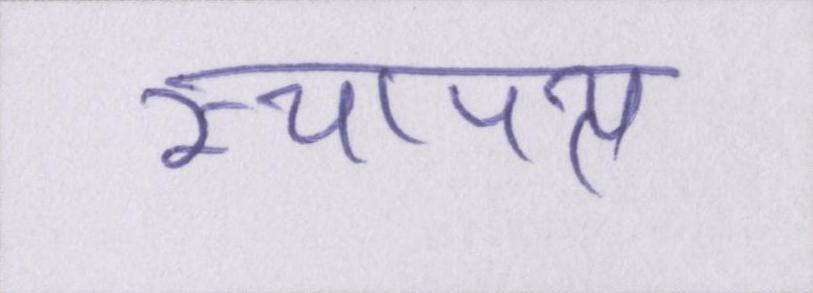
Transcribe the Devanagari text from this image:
स्थापत्य